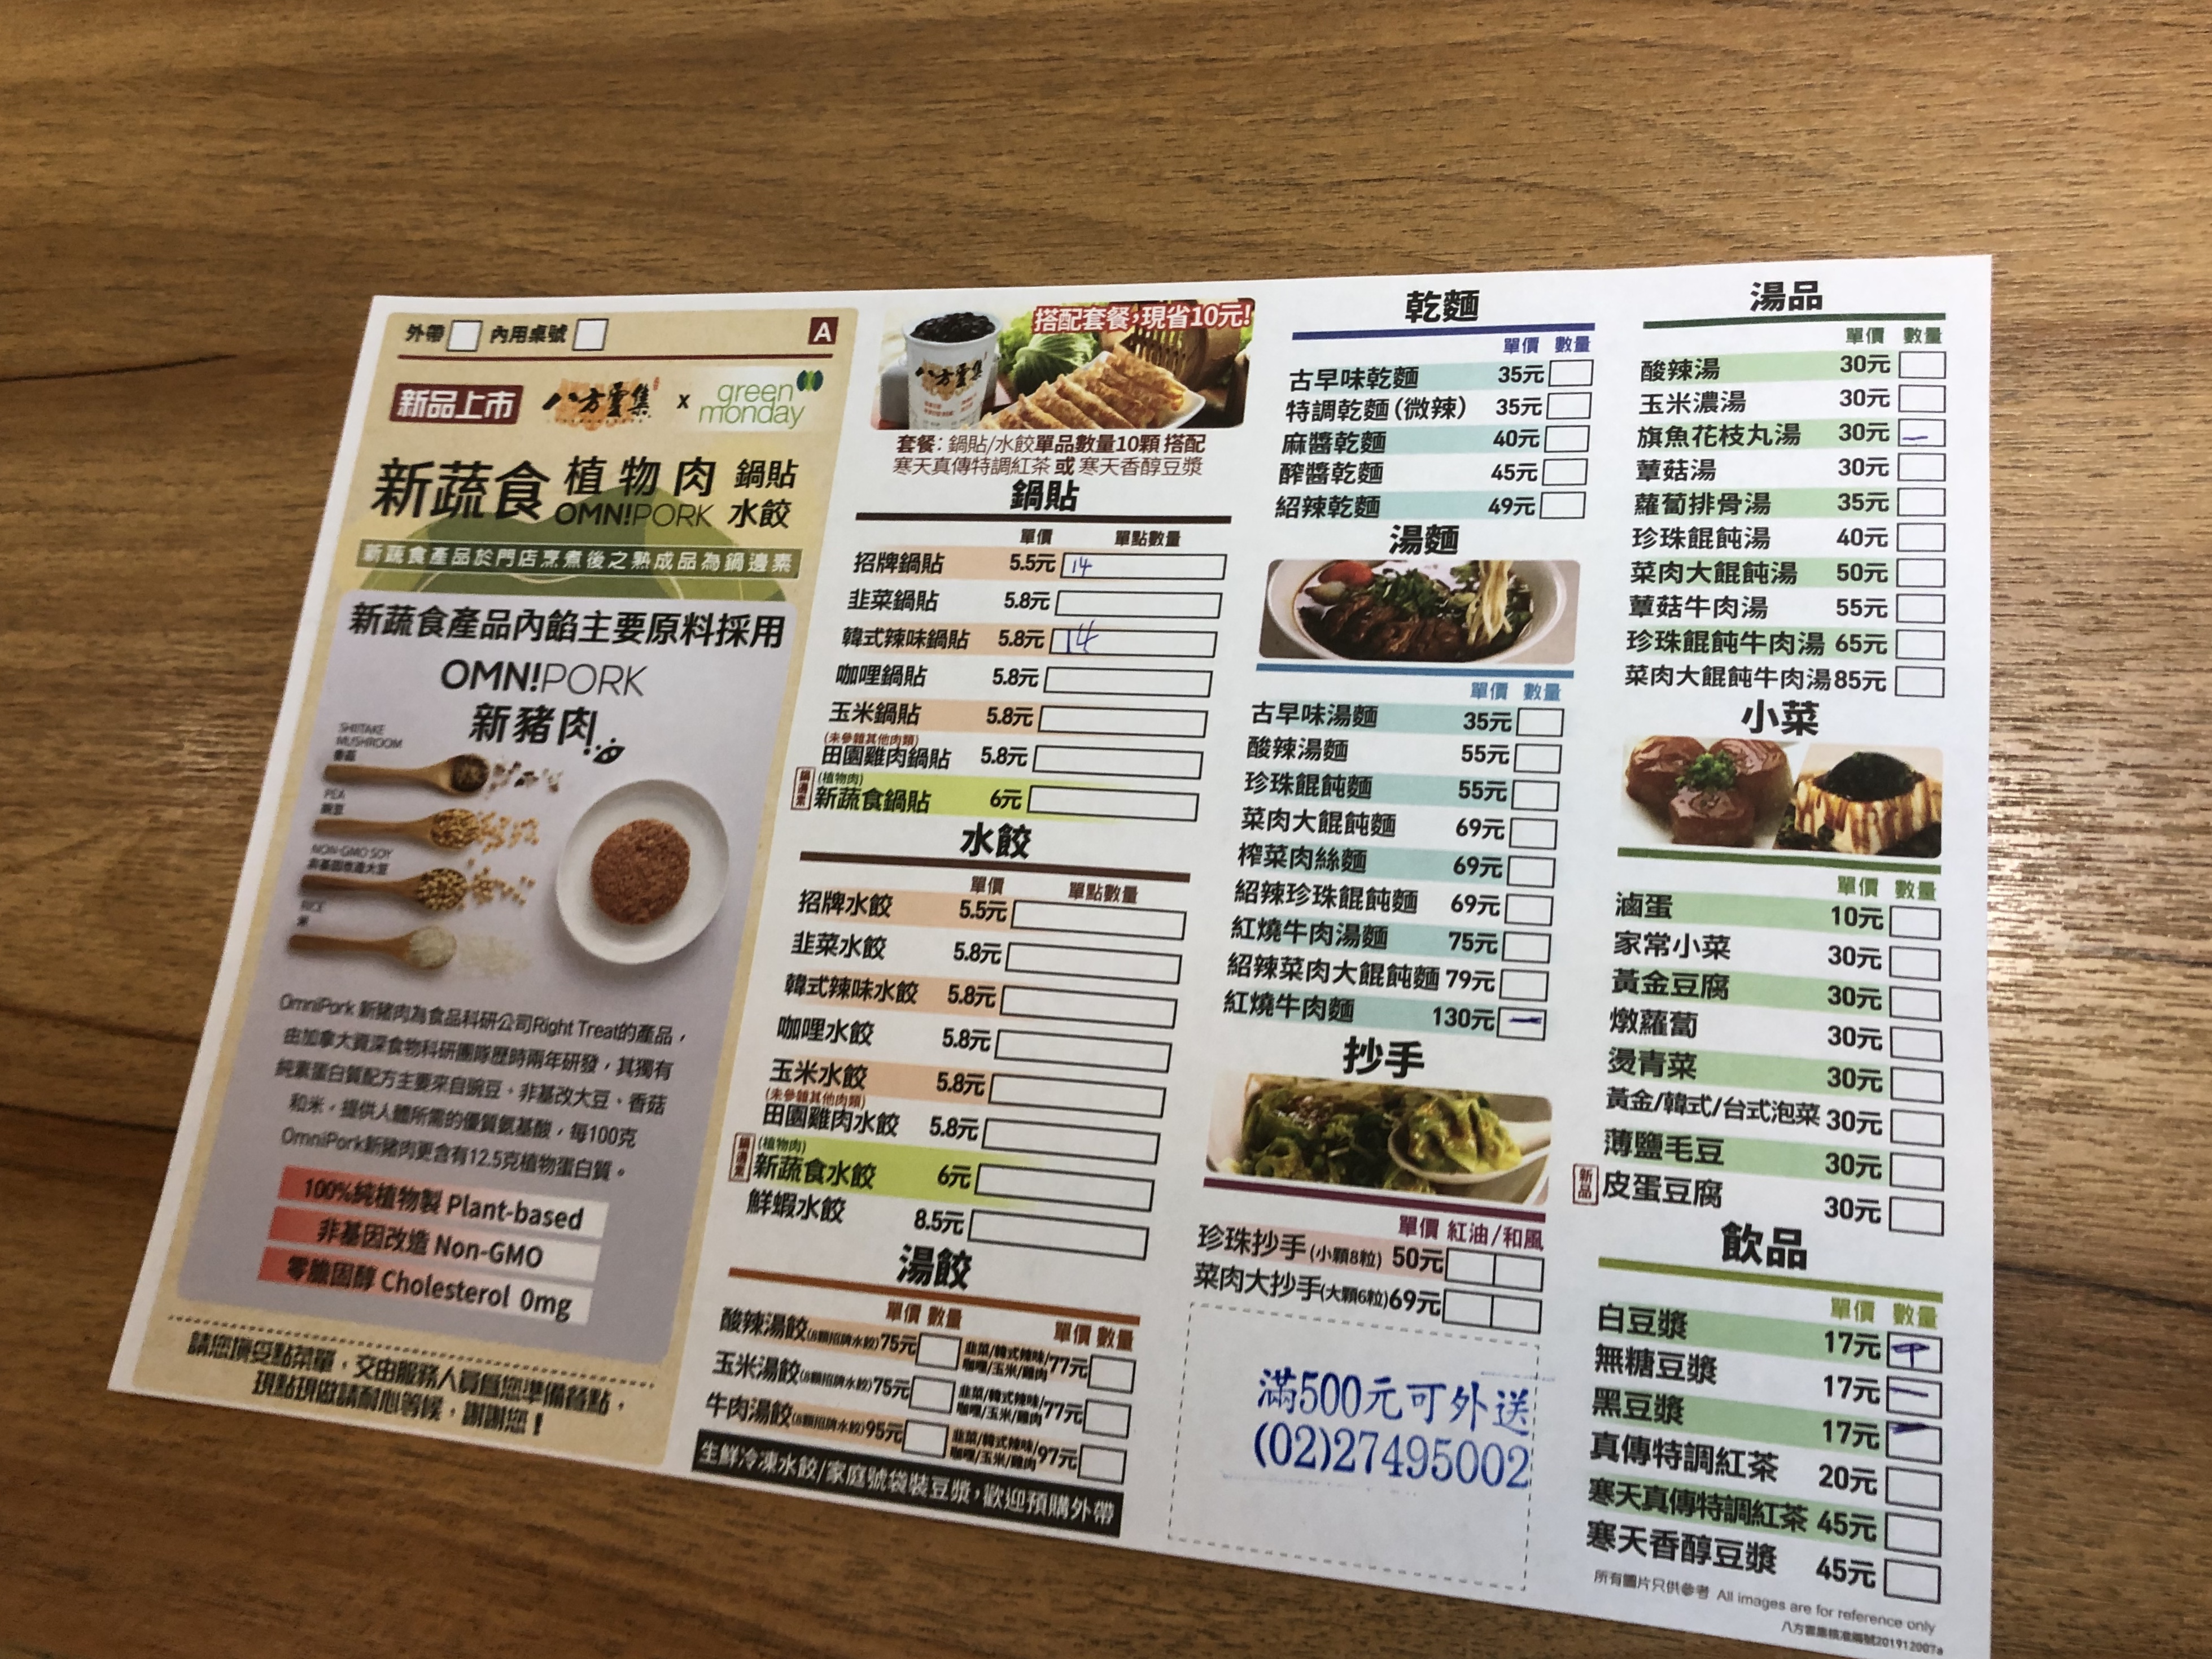
餐廳：八方雲集
電話：(02)27495002
菜單：
name: 古早味乾麵
price: 35元
name: 特調乾麵 (微辣)
price: 35元
name: 麻醬乾麵
price: 40元
name: 醉醬乾麵
price: 45元
name: 紹辣乾麵
price: 49元
name: 酸辣湯
price: 30元
name: 玉米濃湯
price: 30元
name: 旗魚花枝丸湯
price: 30元
name: 蘿蔔湯
price: 30元
name: 筒骨湯
price: 35元
name: 珍珠餛飩湯
price: 40元
name: 菜肉大餛飩湯
price: 50元
name: 蕈菇牛肉湯
price: 55元
name: 珍珠餛飩牛肉湯
price: 65元
name: 菜肉大餛飩牛肉湯
price: 85元
name: 招牌鍋貼
price: 5.5元
name: 韭菜鍋貼
price: 5.8元
name: 韓式辣味鍋貼
price: 5.8元
name: 咖哩鍋貼
price: 5.8元
name: 玉米鍋貼
price: 5.8元
name: 田園雞肉鍋貼
price: 5.8元
name: 新蔬食鍋貼
price: 6元
name: 招牌水餃
price: 5.5元
name: 韭菜水餃
price: 5.8元
name: 韓式辣味水餃
price: 5.8元
name: 咖哩水餃
price: 5.8元
name: 玉米水餃
price: 5.8元
name: 田園雞肉水餃
price: 5.8元
name: 新蔬食水餃
price: 6元
name: 鮮蝦水餃
price: 8.5元
name: 古早味湯麵
price: 35元
name: 酸辣湯麵
price: 55元
name: 珍珠餛飩麵
price: 55元
name: 菜肉大餛飩麵
price: 69元
name: 榨菜肉絲麵
price: 69元
name: 紹辣珍珠餛飩麵
price: 69元
name: 紅燒牛肉湯麵
price: 75元
name: 紹辣菜肉大餛飩麵
price: 79元
name: 紅燒牛肉麵
price: 130元
name: 珍珠抄手 (小顆8粒)
price: 50元
name: 菜肉大抄手 (大顆6粒)
price: 69元
name: 滷蛋
price: 10元
name: 家常小菜
price: 30元
name: 黃金豆腐
price: 30元
name: 燙青菜
price: 30元
name: 韓式泡菜
price: 30元
name: 醋薑毛豆
price: 30元
name: 皮蛋豆腐
price: 30元
name: 酸辣湯餃
price: 75元
name: 玉米湯餃
price: 75元
name: 牛肉湯餃
price: 95元
name: 白豆漿
price: 17元
name: 無糖豆漿
price: 17元
name: 黑豆漿
price: 17元
name: 真傳特調紅茶
price: 20元
name: 寒天真傳特調紅茶
price: 45元
name: 寒天香醇豆漿
price: 45元